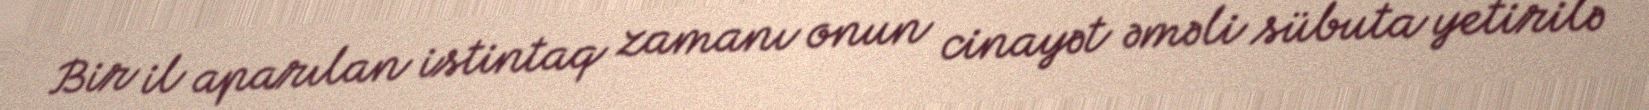
Bir il aparılan istintaq zamanı onun cinayət əməli sübuta yetirilə